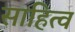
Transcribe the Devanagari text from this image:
साहित्व